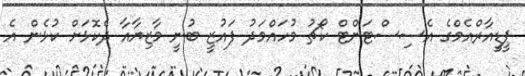
ޕީޑީއާރްއެމްގެ އެސިސްޓަންޓް ކޯޗު މުހައްމަދު ފައުޒީ ބުނީ މާޒިޔާއާ ދެކޮޅަށް ކުޅެން އެ